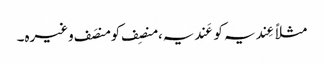
مثلاً عِندیہ کو عَندیہ، منصِف کو منصَف وغیرہ۔